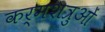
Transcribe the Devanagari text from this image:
कर्मशत्रुओं